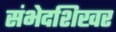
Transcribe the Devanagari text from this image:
संभेदशिखर